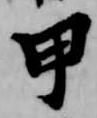
甲